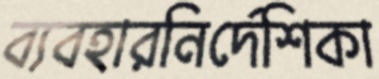
ব্যবহারনির্দেশিকা